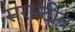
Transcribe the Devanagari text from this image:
सरान्दीब